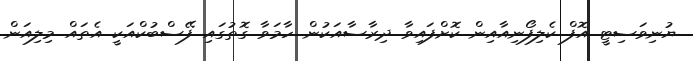
ޔުނިވަސިޓީ އޮފް ކެލިފޯނިއާއިން ކޮށްފައިވާ ދިރާސާއަކުން ހާމަވާ ގޮތުގައި ފޭސްބުކްއަކީ އެތައް މިލިއަން